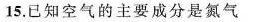
15.已知空气的主要成分是氮气